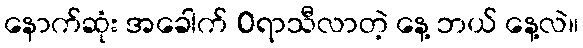
နောက်ဆုံး အခေါက် 0ရာသီလာတဲ့ နေ့ ဘယ် နေ့လဲ။